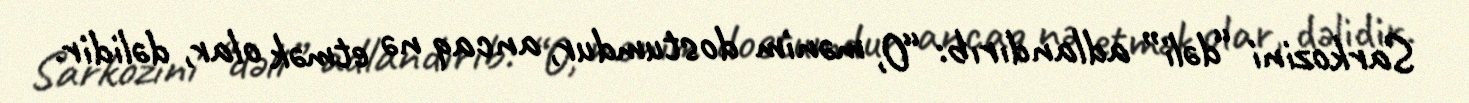
Sarkozini “dəli” adlandırıb: “O, mənim dostumdur, ancaq nə etmək olar, dəlidir.